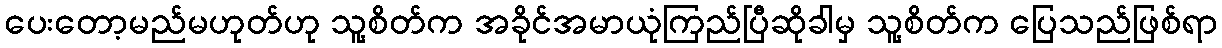
ပေးတော့မည်မဟုတ်ဟု သူ့စိတ်က အခိုင်အမာယုံကြည်ပြီဆိုခါမှ သူ့စိတ်က ပြေသည်ဖြစ်ရာ